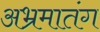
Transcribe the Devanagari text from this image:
अभ्रमातंग